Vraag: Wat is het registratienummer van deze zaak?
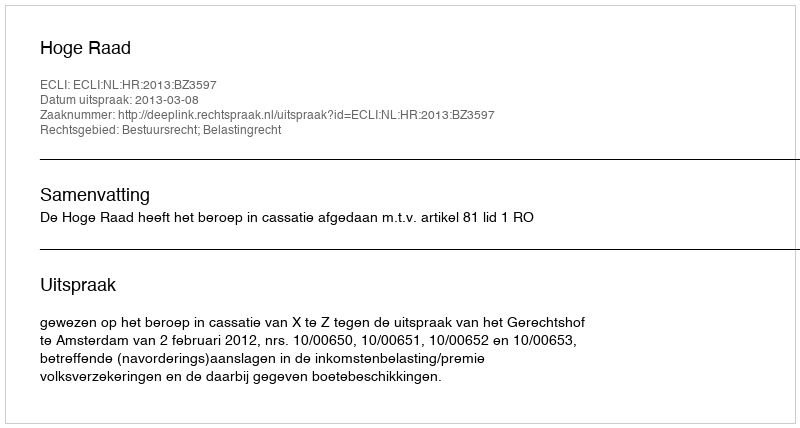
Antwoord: http://deeplink.rechtspraak.nl/uitspraak?id=ECLI:NL:HR:2013:BZ3597